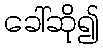
ခေါ်ဆို၍